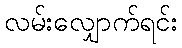
လမ်းလျှောက်ရင်း